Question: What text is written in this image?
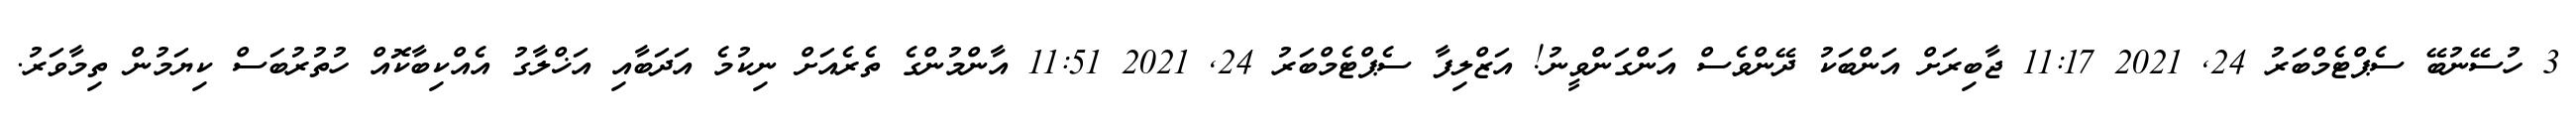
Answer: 3 ހުސޭނުބޭ ސެޕްޓެމްބަރު 24, 2021 11:17 ޖާބިރަށް އަންބަކު ދޭންވެސް އަންގަންވީނު! އަޒްލިފާ ސެޕްޓެމްބަރު 24, 2021 11:51 އާންމުންގެ ތެރެއަށް ނިކުމެ އަދަބާއި އަޚްލާގު އެއްކިބާކޮއް ހުތުރުބަސް ކިޔަމުން ތިމާވަރު.